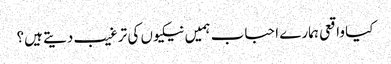
کیا واقعی ہمارے احباب ہمیں نیکیوں کی ترغیب دیتے ہیں؟